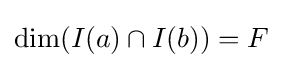
\dim(I(a)\cap I(b))=F